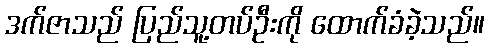
ဒက်ဇာသည် ပြည်သူ့တပ်ဦးကို ထောက်ခံခဲ့သည်။